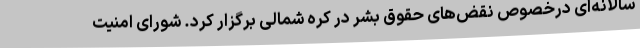
سالانه‌ای درخصوص نقض‌های حقوق بشر در کره شمالی برگزار کرد. شورای امنیت